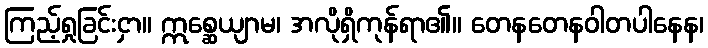
ကြည့်ရှုခြင်းငှာ။ ဣစ္ဆေယျာမ၊ အလိုရှိကုန်ရာ၏။ တေနတေနဝါတပါနေန၊